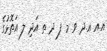
އ.އ އ.ދ ވ މ ފ ދ ތ އަދި ލ އަތޮޅުގެ